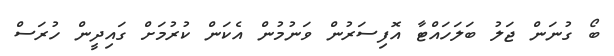
ބޯ ގުނަން ޖަލު ބަލަހައްޓާ އޮފިސަރުން ވަނުމުން އެކަން ކުރުމަށް ގައިދީން ހުރަސް